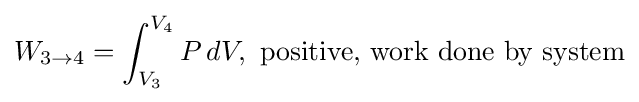
W_{3\to 4}=\int _{V_{3}}^{V_{4}}P\,dV,\,\,{\text{positive, work done by system}}